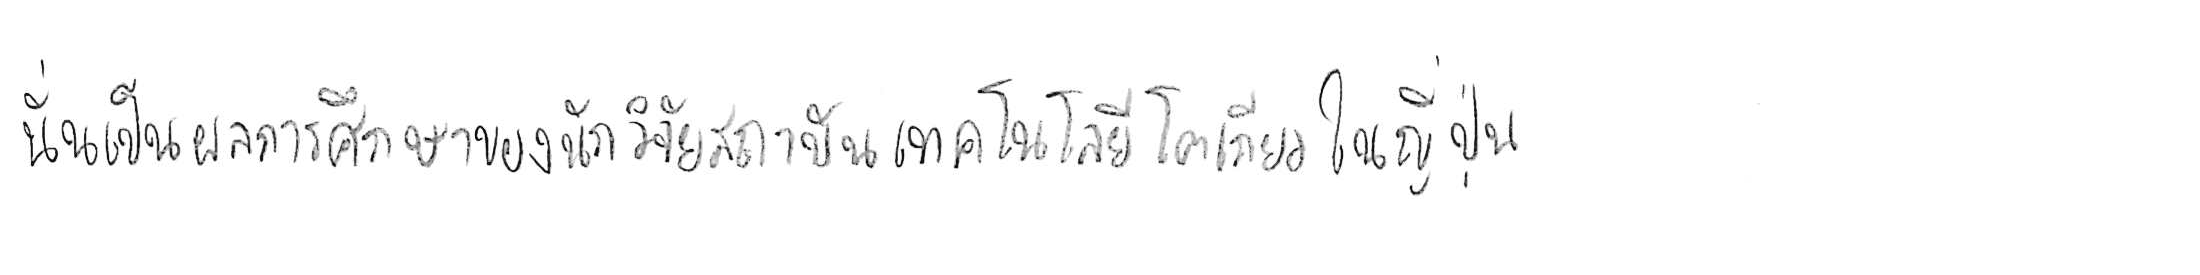
นั่นเป็นผลการศึกษาของนักวิจัยสถาบันเทคโนโลยีโตเกียว ในญี่ปุ่น